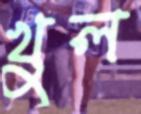
খুল